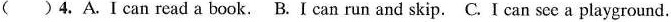
( )4.A.Ican read a book. B.I can run and skip. C. I can see a playground.